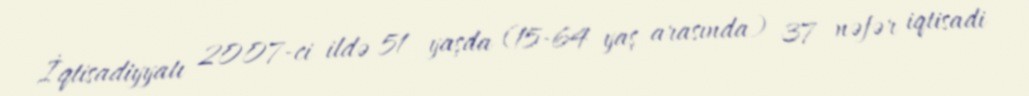
İqtisadiyyatı 2007-ci ildə 51 yaşda (15-64 yaş arasında) 37 nəfər iqtisadi